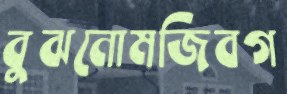
বুঝনোমজিবগ